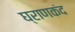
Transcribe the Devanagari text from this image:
घ्राणकंद